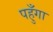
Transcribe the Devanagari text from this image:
पहुँगा